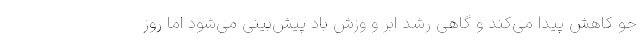
جو کاهش پیدا می‌کند و گاهی رشد ابر و وزش باد پیش‌بینی می‌شود اما روز